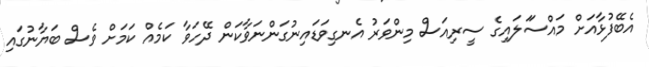
އެބޭފުޅާއަށް މައްސަަލައިގެ ސީރިއަސް މިންވަރު އެނގިވަޑައިނުގަންނަވާކަން ދޭހަވާ ކަމެއް ކަމަށް ވެސް ބަޔާނުގައި